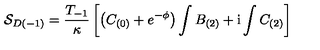
{ \cal S } _ { D ( - 1 ) } = \frac { T _ { - 1 } } { \kappa } \left[ \left( C _ { ( 0 ) } + e ^ { - \phi } \right) \int B _ { ( 2 ) } + \mathrm { i } \int C _ { ( 2 ) } \right]